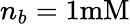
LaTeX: n_{b}=1\mathrm{mM}